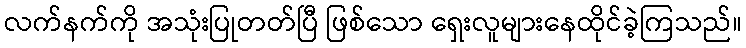
လက်နက်ကို အသုံးပြုတတ်ပြီ ဖြစ်သော ရှေးလူများနေထိုင်ခဲ့ကြသည်။